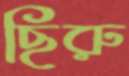
ছিরু